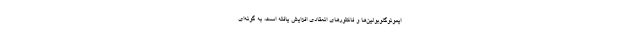
ایمونوگلوبولین‌ها و فاکتورهای انعقادی افزایش یافته است، به گونه‌ای